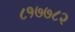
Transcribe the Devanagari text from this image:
८१७७८२